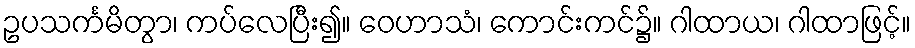
ဥပသင်္ကမိတွာ၊ ကပ်လေပြီး၍။ ဝေဟာသံ၊ ကောင်းကင်၌။ ဂါထာယ၊ ဂါထာဖြင့်။